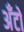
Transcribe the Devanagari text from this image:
अँटो